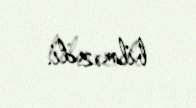
bilməzdi.